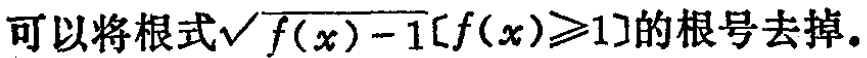
可以将根式\(\sqrt{f(x)-1}[f(x)\geqslant1]\)的根号去掉。